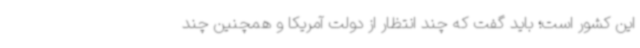
این کشور است؛ باید گفت که چند انتظار از دولت آمریکا و همچنین چند